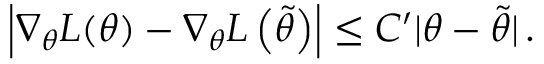
\left| \nabla _ { \theta } L ( \theta ) - \nabla _ { \theta } L \left( \widetilde { \theta } \right) \right| \leq C ^ { \prime } | \theta - \widetilde { \theta } | \, .